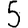
Digit: 5